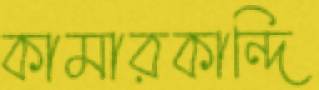
কামারকান্দি